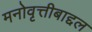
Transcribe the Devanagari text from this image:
मनोवृत्तीबाद्दल